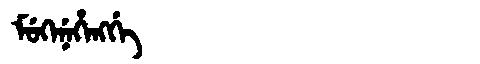
Manchu: ᠮᡠᡴᡝᠨᡝᡥᡝᠩᡤᡝ
Romanization: MUKENEHENGGE